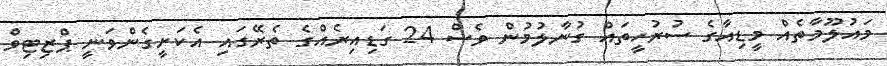
މައުލޫމާތެއް މީޑިއާގެ ސުރުހީތައް ގުނާލުމުން ވެސް 24 ގަޑިއިރެއްގެ ތެރޭގައި އެކަށީގެންވަނީ ޕްޒިޓިވް